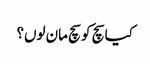
کیا سچ کو سچ مان لوں؟